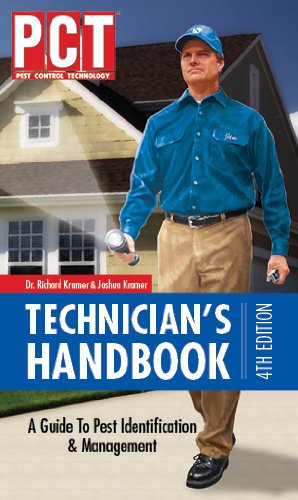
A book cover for PCT Technician's Handbook, 4th Edition; Richard Kramer and Joshua Kramer; Science & Math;